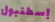
إسطنبول